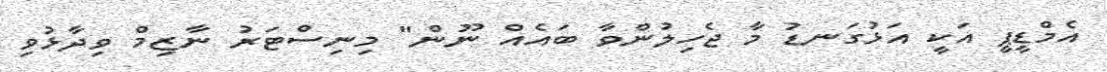
އެމްޑީޕީ އަކީ އަޅުގަނޑު މާ ޖެހިލުންވާ ބައެއް ނޫން" މިނިސްޓަރު ނާޒިމް ވިދާޅުވި